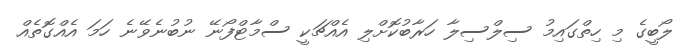
ލޯބީގެ މި ހިތްގައިމު ސިލްސިލާ ހަރާބުކޮށްލި އެއްޗަކީ ސްމާޓްފޯނޭ ނުބުނެވޭނެ ހަމަ އެއްގޮތެއް